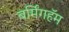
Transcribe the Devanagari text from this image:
बर्मिंगहॅम